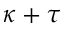
\kappa + \tau